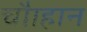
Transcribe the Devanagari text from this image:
चौाहान